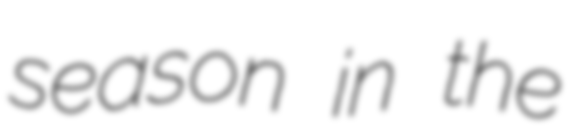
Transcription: season in the